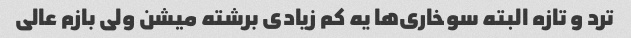
ترد و تازه البته سوخاری‌ها یه کم زیادی برشته میشن ولی بازم عالی